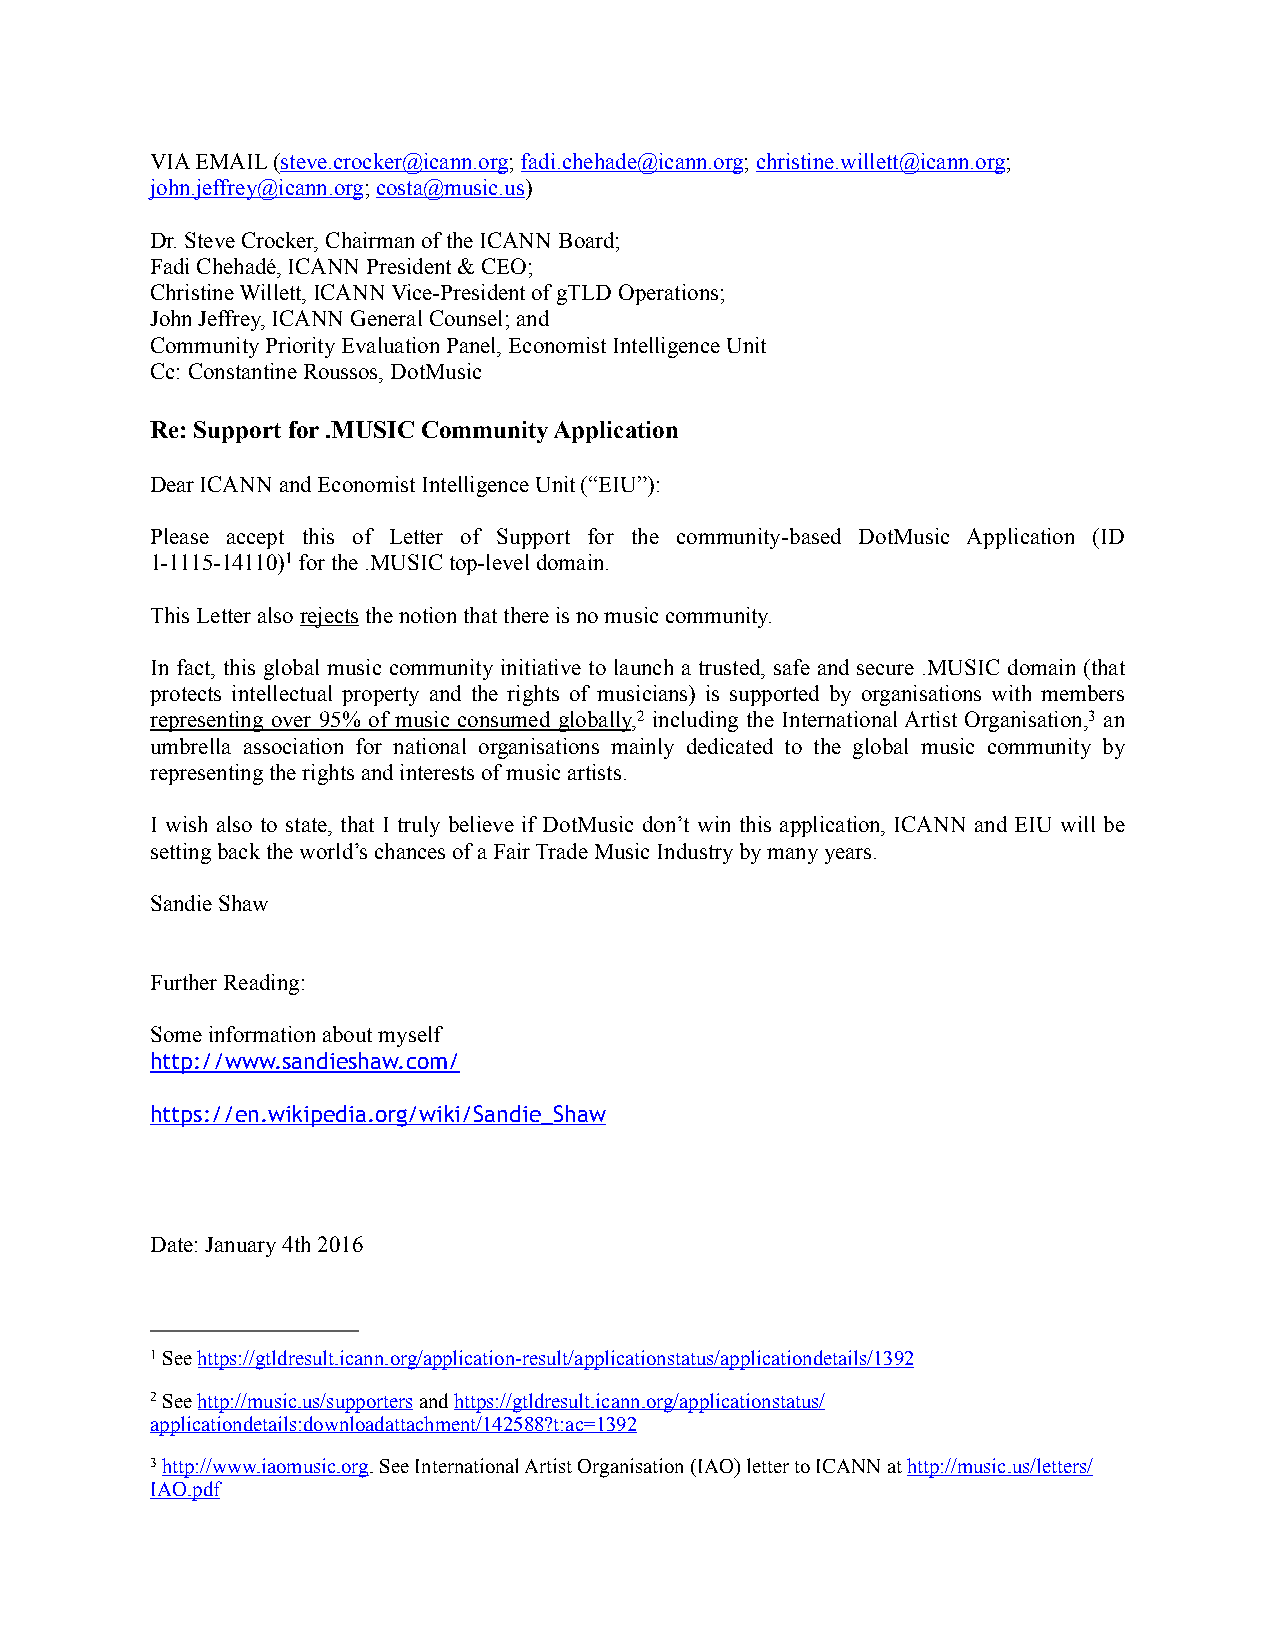
VIA EMAIL (steve.crocker@icann.org; fadi.chehade@icann.org; christine.willett@icann.org;
 john.jeffrey@icann.org; costa@music.us)
 Dr. Steve Crocker, Chairman of the ICANN Board;
 Fadi Chehadé, ICANN President & CEO;
 Christine Willett, ICANN Vice-President of gTLD Operations;
 John Jeffrey, ICANN General Counsel; and
 Community Priority Evaluation Panel, Economist Intelligence Unit
 Cc: Constantine Roussos, DotMusic
 Re: Support for .MUSIC Community Application
 Dear ICANN and Economist Intelligence Unit (“EIU”):
 Please accept this of Letter of Support for the community-based DotMusic Application (ID
 1-1115-14110)1 for the .MUSIC top-level domain.
 This Letter also rejects the notion that there is no music community.
 In fact, this global music community initiative to launch a trusted, safe and secure .MUSIC domain (that
 protects intellectual property and the rights of musicians) is supported by organisations with members
 representing over 95% of music consumed globally,2 including the International Artist Organisation,3 an
 umbrella association for national organisations mainly dedicated to the global music community by
 representing the rights and interests of music artists.
 I wish also to state, that I truly believe if DotMusic don’t win this application, ICANN and EIU will be
 setting back the world’s chances of a Fair Trade Music Industry by many years.
 Sandie Shaw
 Further Reading:
 Some information about myself
 http://www.sandieshaw.com/
 https://en.wikipedia.org/wiki/Sandie_Shaw
 Date: January 4th 2016
 1 See https://gtldresult.icann.org/application-result/applicationstatus/applicationdetails/1392
 2 See http://music.us/supporters and https://gtldresult.icann.org/applicationstatus/
 applicationdetails:downloadattachment/142588?t:ac=1392
 3 http://www.iaomusic.org. See International Artist Organisation (IAO) letter to ICANN at http://music.us/letters/
 IAO.pdf